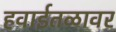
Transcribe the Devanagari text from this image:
हवाईतळावर